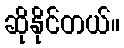
ဆိုနိုင်တယ်။